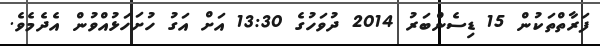
ފަރާތްތަކުން 15 ޑިސެންބަރު 2014 ދުވަހުގެ 13:30 އަށް އަގު ހުށަހަޅުއްވުން އެދެމެވެ.